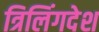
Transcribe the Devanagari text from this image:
त्रिलिंगदेश